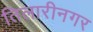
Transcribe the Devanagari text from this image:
तिलारीनगर